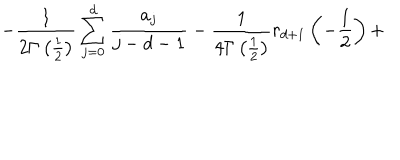
- \frac 1 { 2 \Gamma \left( \frac 1 2 \right) } \sum _ { j = 0 } ^ { d } \frac { a _ { j } } { j - d - 1 } - \frac 1 { 4 \Gamma \left( \frac 1 2 \right) } r _ { d + 1 } \left( - \frac 1 2 \right) +